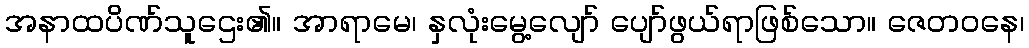
အနာထပိဏ်သူဌေး၏။ အာရာမေ၊ နှလုံးမွေ့လျော် ပျော်ဖွယ်ရာဖြစ်သော။ ဇေတဝနေ၊